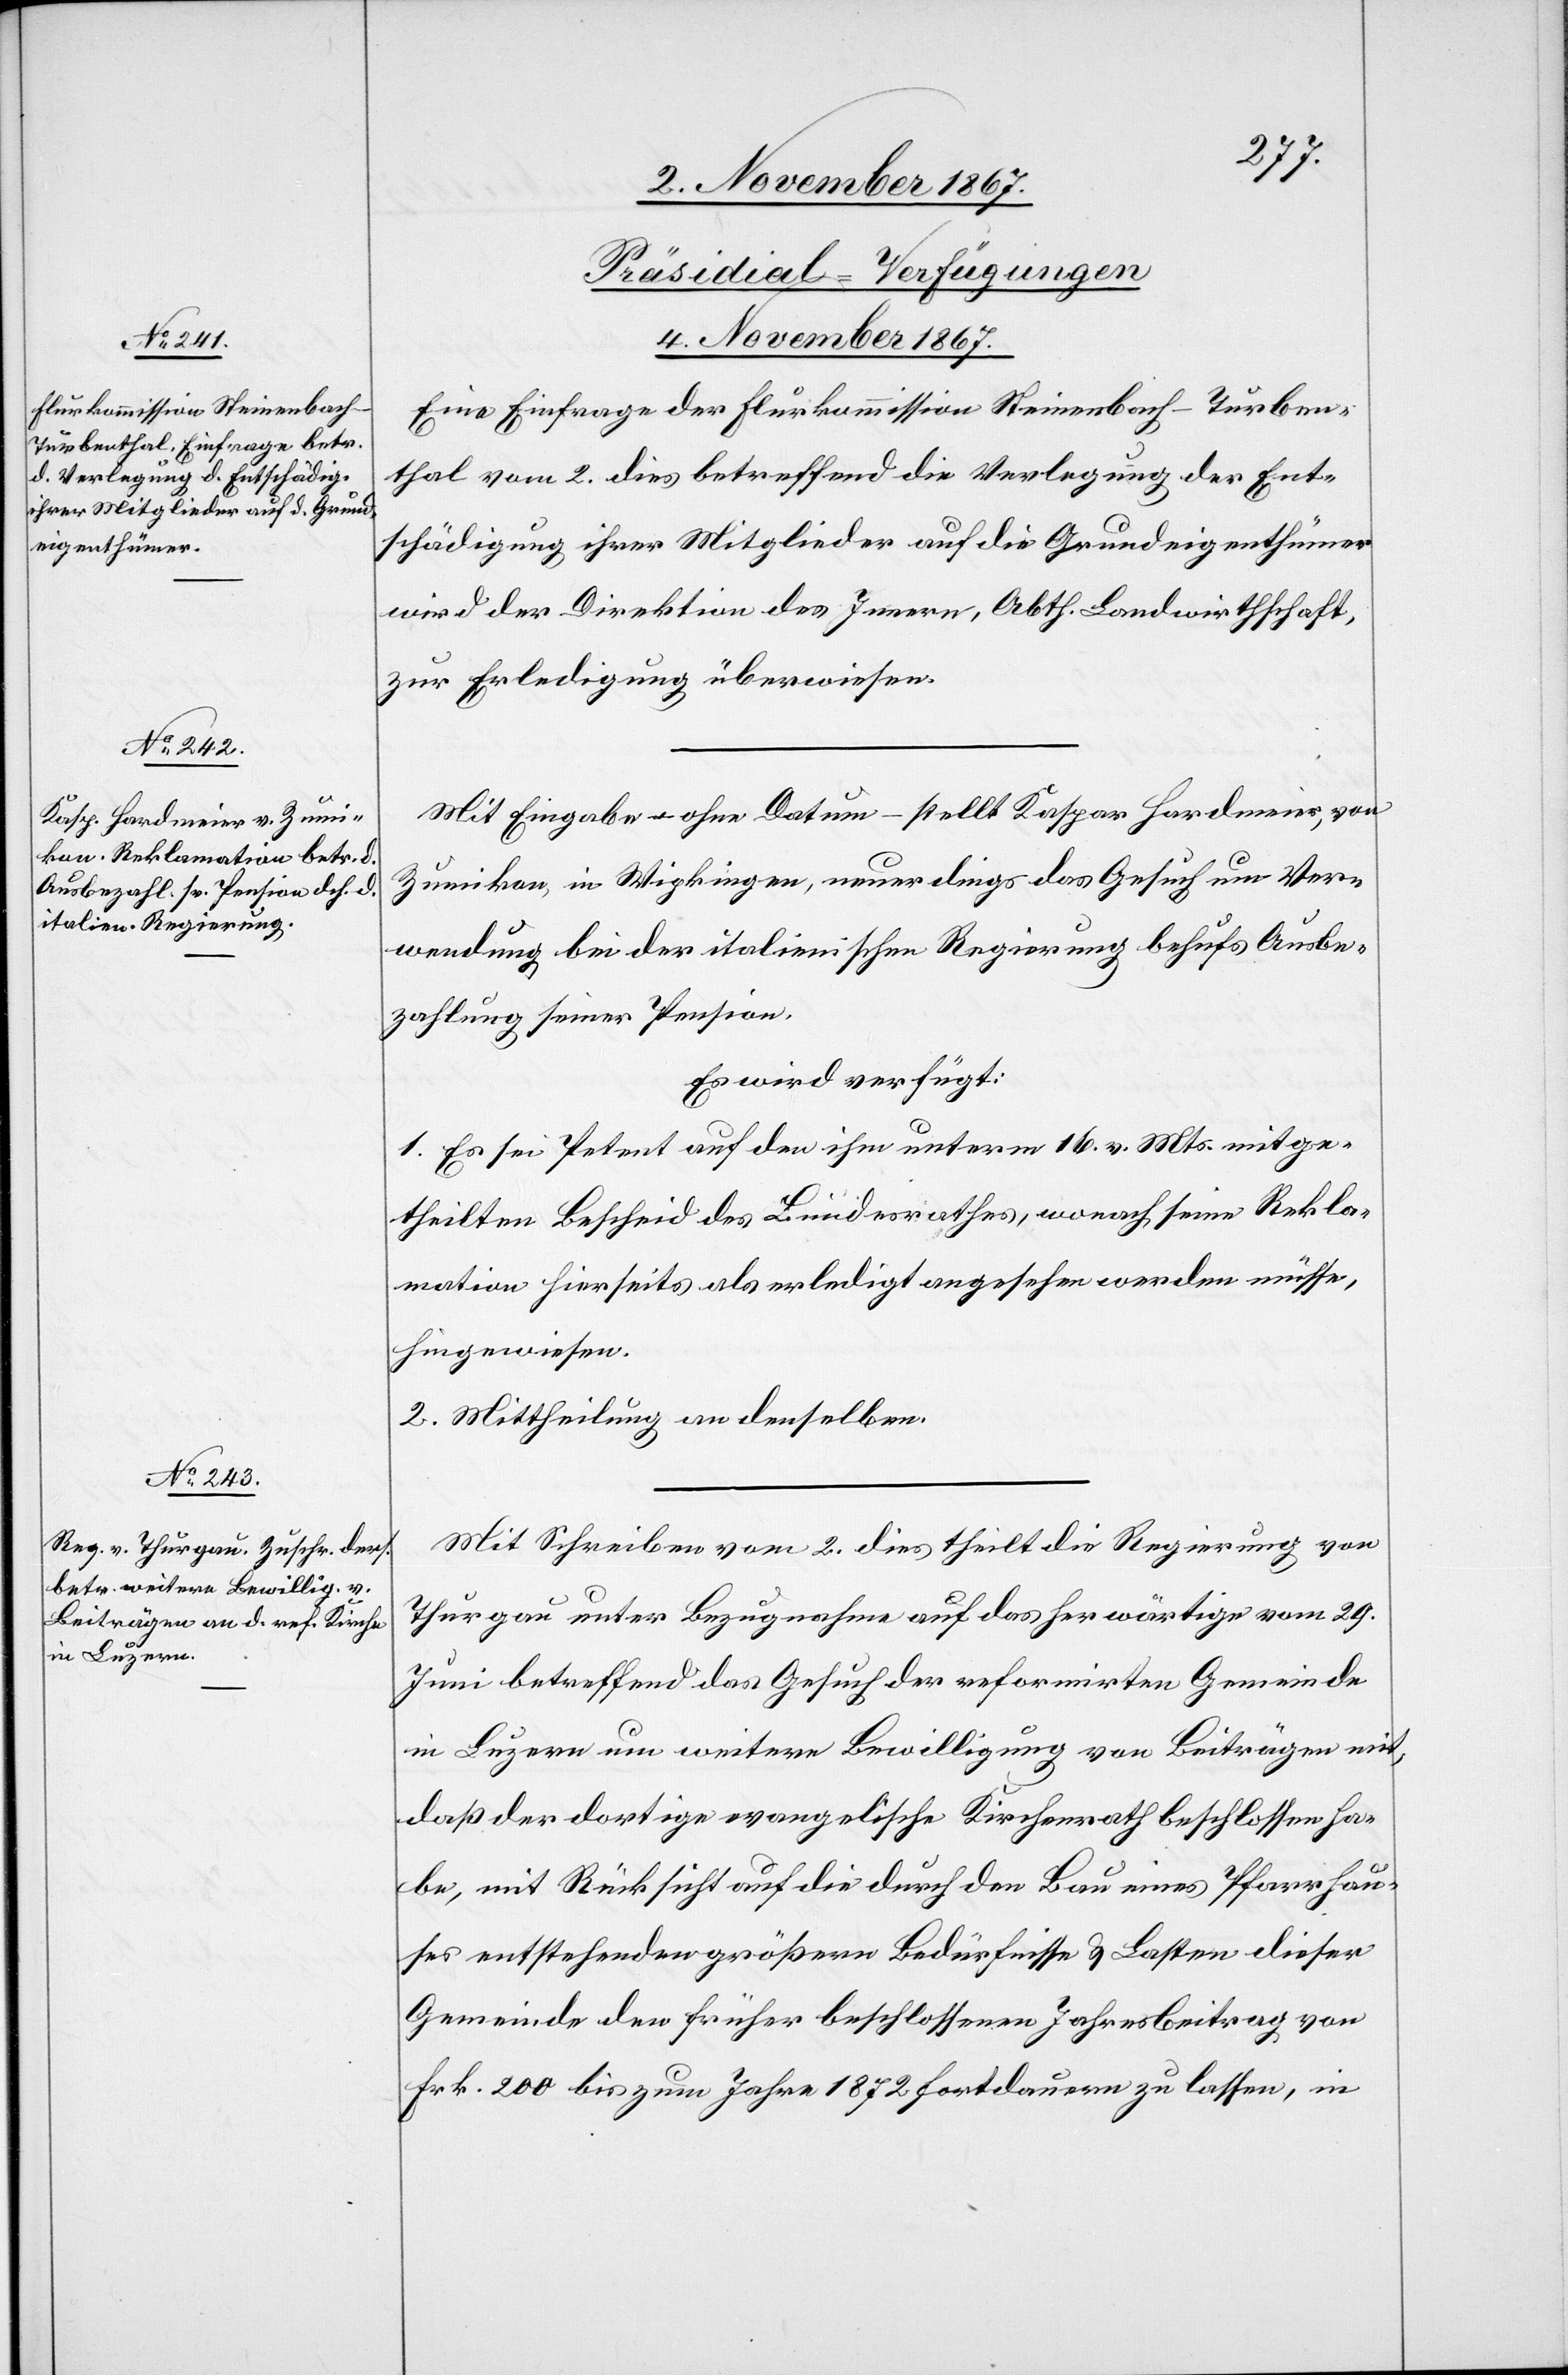
4. November 1867.]
[Präsidial-Verfügungen.
Eine Einfrage der Flurkommission Steinenbach-Turben¬
thal vom 2. dies betreffend die Verlegung der Ent¬
schädigung ihrer Mitglieder auf die Grundeigenthümer
wird der Direktion des Innern, Abth. Landwirthschaft
zur Erledigung überwiesen.
Mit Eingabe – ohne Datum – stellt Kaspar Hardmeier, von
Zumikon, in Wipkingen, neuerdings das Gesuch um Ver¬
wendung bei der italienischen Regierung behufs Ausbe¬
zahlung seiner Pension.
Es wird verfügt:
1. Es sei Petent auf den ihm unterm 16. v. Mts. mitge¬
theilen Bescheid des Bundesrathes, wonach seine Rekla¬
mation hierseits als erledigt angesehen werden müsse,
hingewiesen.
2. Mittheilung an denselben.
Mit Schreiben vom 2. dies theilt die Regierung von
Thurgau unter Bezugnahme auf das herwärtige Schreiben vom 29.
Juni betreffend das Gesuch der reformirten Gemeinde
in Luzern um weitere Bewilligung von Beiträgen mit,
daß der dortige evangelische Kirchenrath beschlossen ha¬
be, mit Rücksicht auf die durch den Bau eines Pfarrhau¬
ses entstehenden größern Bedürfnisse u. Lasten dieser
Gemeinde den früher beschlossenen Jahresbeitrag von
Frk. 200 bis zum Jahre 1872 fortdauern zu lassen, in